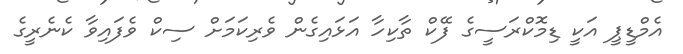
އެމްޑީޕީ އަކީ ޑިމޮކްރަސީގެ ފޭކް ތާކިހާ އަޅައިގެން ވެރިކަމަށް ސިކް ވެފައިވާ ކެނެރީގެ